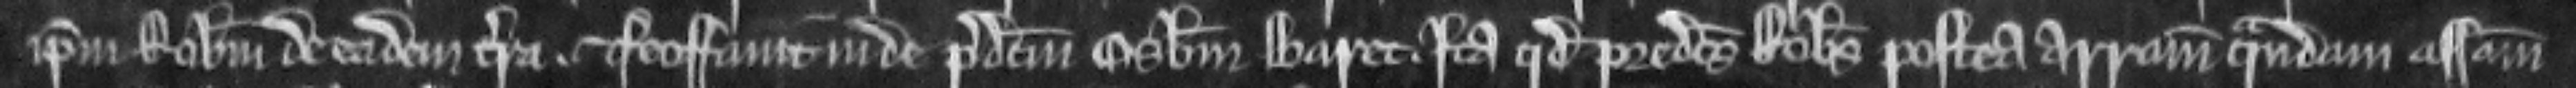
ipsum Robertum de eadem terra. et feoffavit inde predictum Osbertum Baret. ita quod predictus Robertus postea arramiavit quandam assisam